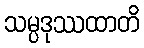
သမ္ပဒုဿထာတိ